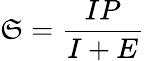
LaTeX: \mathfrak{S}={\frac{{IP}}{{I+E}}}